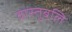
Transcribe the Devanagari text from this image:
वास्तुबलि